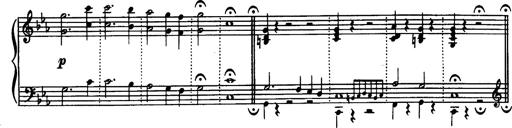
Title: Magyar dalok
Composer: Franz Liszt